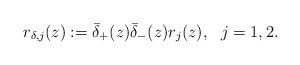
LaTeX: \begin{align*}r_{\delta,j}(z):=\bar{\delta}_+(z) \bar{\delta}_-(z) r_{j}(z), \ \ j=1,2.\end{align*}